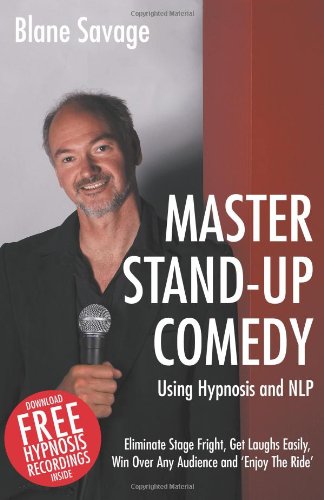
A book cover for Master Stand-up Comedy Using Hypnosis and NLP: Eliminate Stage Fright, Get Laughs Easily, Win Over Any Audience and 'Enjoy The Ride'; Blane Savage; Self-Help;